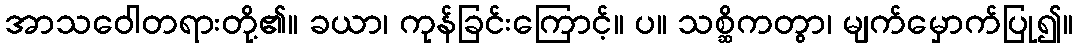
အာသဝေါတရားတို့၏။ ခယာ၊ ကုန်ခြင်းကြောင့်။ ပ။ သစ္ဆိကတွာ၊ မျက်မှောက်ပြု၍။